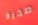
صخرة